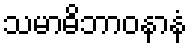
သမာဓိဘာဝနာနံ